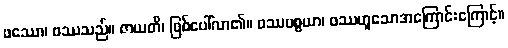
ဖဿော၊ ဖဿသည်။ ဇာယတိ၊ ဖြစ်ပေါ်လာ၏။ ဖဿပစ္စယာ၊ ဖဿဟူသောအကြောင်းကြောင့်။